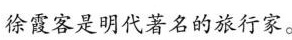
徐霞客是明代著名的旅行家。